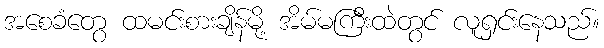
အစေခံတွေ ထမင်းစားချိန်မို့ အိမ်မကြီးထဲတွင် လူရှင်းနေသည်။